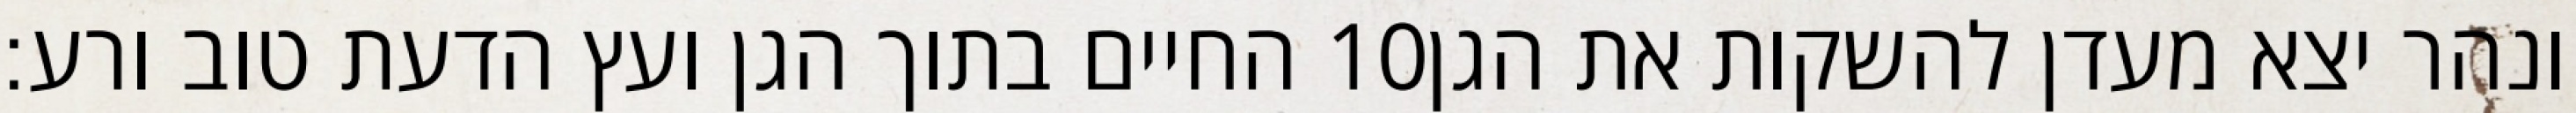
החיים בתוך הגן ועץ הדעת טוב ורע׃ ‎10‏ ונהר יצא מעדן להשקות את הגן